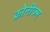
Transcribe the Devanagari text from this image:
क्रोनीज्म